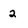
Character: 2